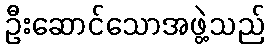
ဦးဆောင်သောအဖွဲ့သည်